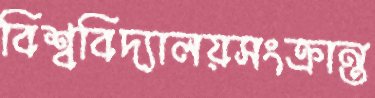
বিশ্ববিদ্যালয়সংক্রান্ত